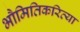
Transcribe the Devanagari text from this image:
भौमितिकरित्या